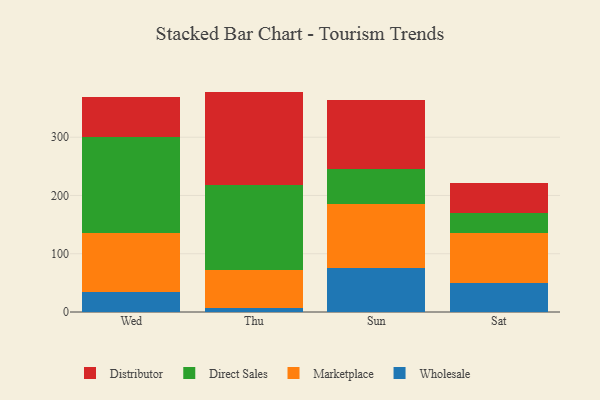
{"axis": {"x": "Day", "y": "Headcount"}, "legend": ["Direct Sales", "Distributor", "Marketplace", "Wholesale"], "data": [{"x": "Wed", "y": 33.9, "type": "Wholesale"}, {"x": "Wed", "y": 100.9, "type": "Marketplace"}, {"x": "Wed", "y": 164.9, "type": "Direct Sales"}, {"x": "Wed", "y": 69.2, "type": "Distributor"}, {"x": "Thu", "y": 7.6, "type": "Wholesale"}, {"x": "Thu", "y": 65.0, "type": "Marketplace"}, {"x": "Thu", "y": 144.9, "type": "Direct Sales"}, {"x": "Thu", "y": 160.8, "type": "Distributor"}, {"x": "Sun", "y": 76.2, "type": "Wholesale"}, {"x": "Sun", "y": 109.7, "type": "Marketplace"}, {"x": "Sun", "y": 59.0, "type": "Direct Sales"}, {"x": "Sun", "y": 118.9, "type": "Distributor"}, {"x": "Sat", "y": 50.6, "type": "Wholesale"}, {"x": "Sat", "y": 84.6, "type": "Marketplace"}, {"x": "Sat", "y": 35.3, "type": "Direct Sales"}, {"x": "Sat", "y": 50.6, "type": "Distributor"}]}